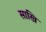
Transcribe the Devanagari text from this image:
साखि